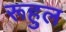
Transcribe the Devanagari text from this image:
रूहुल